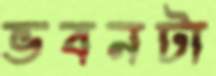
ভবনটা